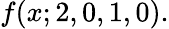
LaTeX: f(x;2,0,1,0).